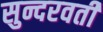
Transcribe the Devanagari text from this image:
सुन्दरवती